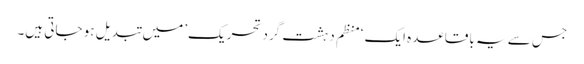
جس سے یہ باقاعدہ ایک ‘منظم دہشت گرد تحریک’ میں تبدیل ہو جاتی ہیں۔